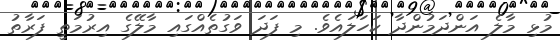
މުޅި މާލެ އަންދަމުންދާ ކަހަލައެވެ. މި ފަދަ ވަގުތެއްގައި މާލޭގެ އިރުމަތީ ފަރާތު